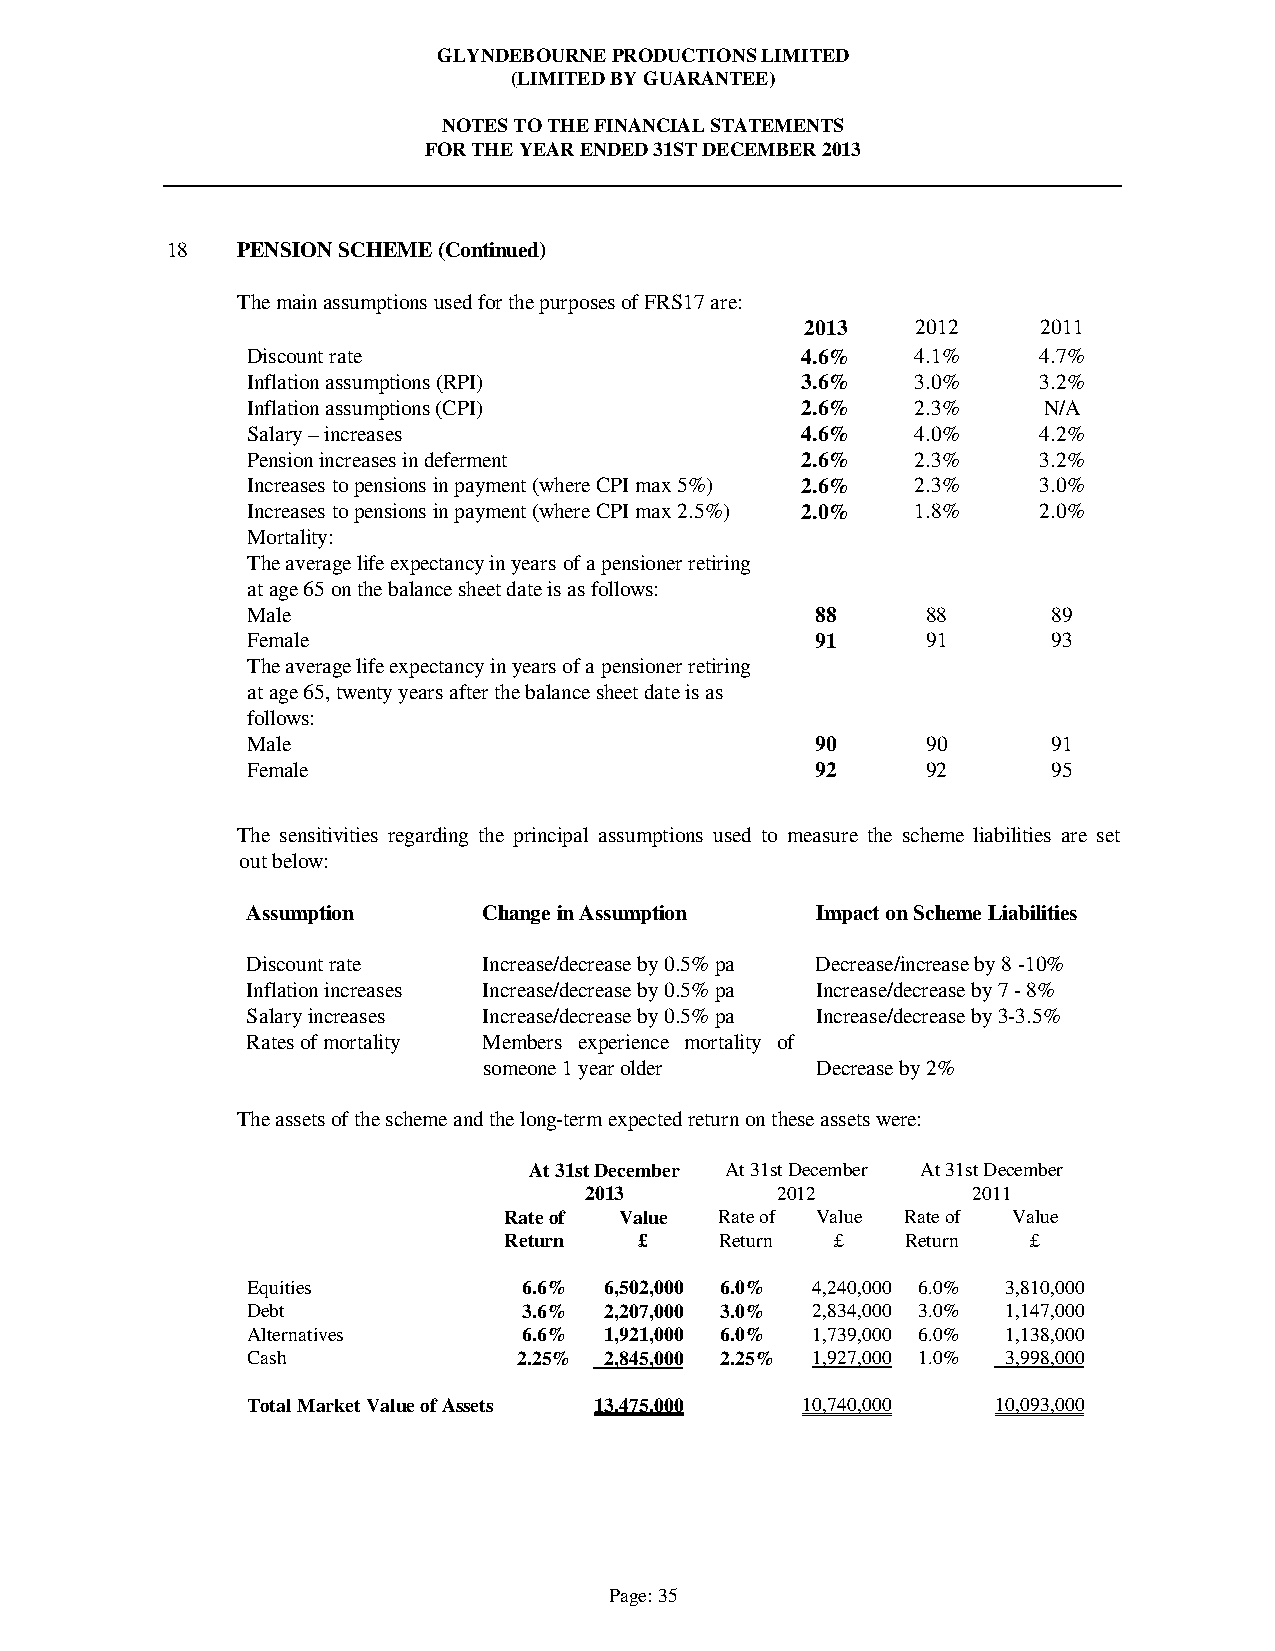
GLYNDEBOURNE PRODUCTIONS LIMITED
 (LIMITED BY GUARANTEE)
 NOTES TO THE FINANCIAL STATEMENTS
 FOR THE YEAR ENDED 31ST DECEMBER 2013
 18   PENSION SCHEME (Continued)
 The main assumptions used for the purposes of FRS17 are:
 2013    2012    2011
 Discount rate                        4.6%    4.1%    4.7%
 Inflation assumptions (RPI)          3.6%    3.0%    3.2%
 Inflation assumptions (CPI)          2.6%    2.3%    N/A
 Salary – increases                   4.6%    4.0%    4.2%
 Pension increases in deferment       2.6%    2.3%    3.2%
 Increases to pensions in payment (where CPI max 5%) 2.6% 2.3% 3.0%
 Increases to pensions in payment (where CPI max 2.5%) 2.0% 1.8% 2.0%
 Mortality:
 The average life expectancy in years of a pensioner retiring
 at age 65 on the balance sheet date is as follows:
 Male                                  88     88       89
 Female                                91     91       93
 The average life expectancy in years of a pensioner retiring
 at age 65, twenty years after the balance sheet date is as
 follows:
 Male                                  90     90       91
 Female                                92     92       95
 The sensitivities regarding the principal assumptions used to measure the scheme liabilities are set
 out below:
 Assumption      Change in Assumption  Impact on Scheme Liabilities
 Discount rate   Increase/decrease by 0.5% pa Decrease/increase by 8 -10%
 Inflation increases Increase/decrease by 0.5% pa Increase/decrease by 7 - 8%
 Salary increases Increase/decrease by 0.5% pa Increase/decrease by 3-3.5%
 Rates of mortality Members experience mortality of
 someone 1 year older  Decrease by 2%
 The assets of the scheme and the long-term expected return on these assets were:
 At 31st December At 31st December At 31st December
 2013        2012         2011
 Rate of Value  Rate of Value Rate of Value
 Return   £     Return £    Return  £
 Equities           6.6% 6,502,000 6.0% 4,240,000 6.0% 3,810,000
 Debt               3.6% 2,207,000 3.0% 2,834,000 3.0% 1,147,000
 Alternatives       6.6% 1,921,000 6.0% 1,739,000 6.0% 1,138,000
 Cash              2.25% 2,845,000 2.25% 1,927,000 1.0% 3,998,000
 Total Market Value of Assets 13,475,000 10,740,000 10,093,000
 Page: 35